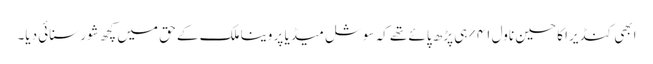
ابھی کنڈیرا کا حسین ناول ۴۱% ہی پڑھ پائے تھے کہ سوشل میڈیا پر وینا ملک کے حق میں کچھ شور سنائی دیا۔